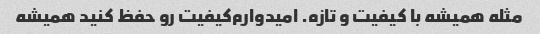
مثله‌ همیشه با کیفیت و تازه. امیدوارم‌کیفیت رو حفظ کنید همیشه